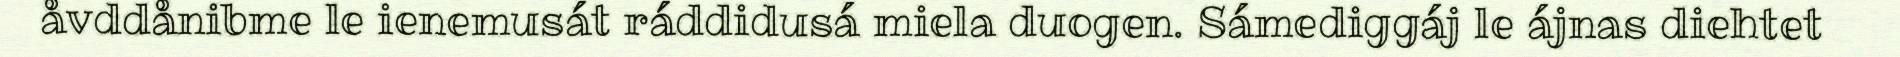
åvddånibme le ienemusát ráddidusá miela duogen. Sámediggáj le ájnas diehtet